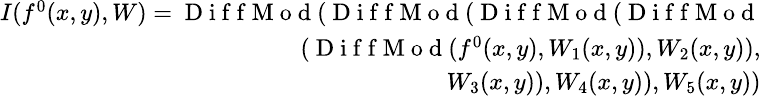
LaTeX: \small\begin{array}{r}{I(f^{0}(x,y),W)=\mathrm{~D~i~f~f~M~o~d~}(\mathrm{~D~i~f~f~M~o~d~}(\mathrm{~D~i~f~f~M~o~d~}(\mathrm{~D~i~f~f~M~o~d~}}\\ {(\mathrm{~D~i~f~f~M~o~d~}(f^{0}(x,y),W_{1}(x,y)),W_{2}(x,y)),}\\ {W_{3}(x,y)),W_{4}(x,y)),W_{5}(x,y))}\end{array}